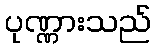
ပုဏ္ဏားသည်